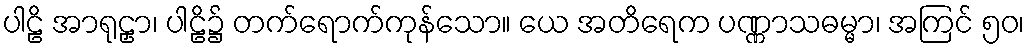
ပါဠိ အာရုဠှာ၊ ပါဠိ၌ တက်ရောက်ကုန်သော။ ယေ အတိရေက ပဏ္ဏာသဓမ္မာ၊ အကြင် ၅၀၊